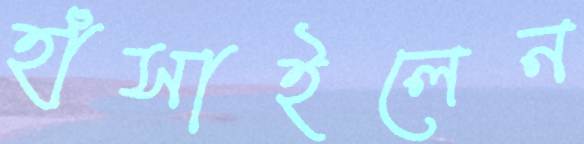
হাঁসাইলেন